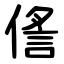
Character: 㑾